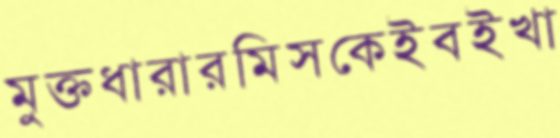
মুক্তধারারমিসকেইবইখা